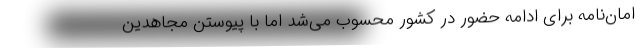
امان‌نامه برای ادامه حضور در کشور محسوب می‌شد اما با پیوستن مجاهدین